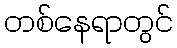
တစ်နေရာတွင်